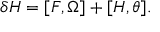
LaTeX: \delta H = [ F , \Omega ] + [ H , \theta ] .